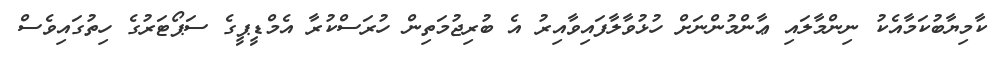
ކާމިޔާބުކަމާއެކު ނިންމާލައި ޢާންމުންނަށް ހުޅުވާލާފައިވާއިރު އެ ބުރިޖުމަތިން ހުރަސްކުރާ އެމްޑީޕީގެ ސަޕޯޓަރުގެ ހިތުގައިވެސް